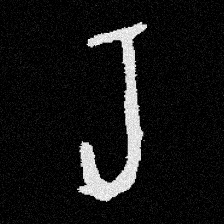
Pyu character \u2014 Myanmar letter: ရ (romanized: ra)